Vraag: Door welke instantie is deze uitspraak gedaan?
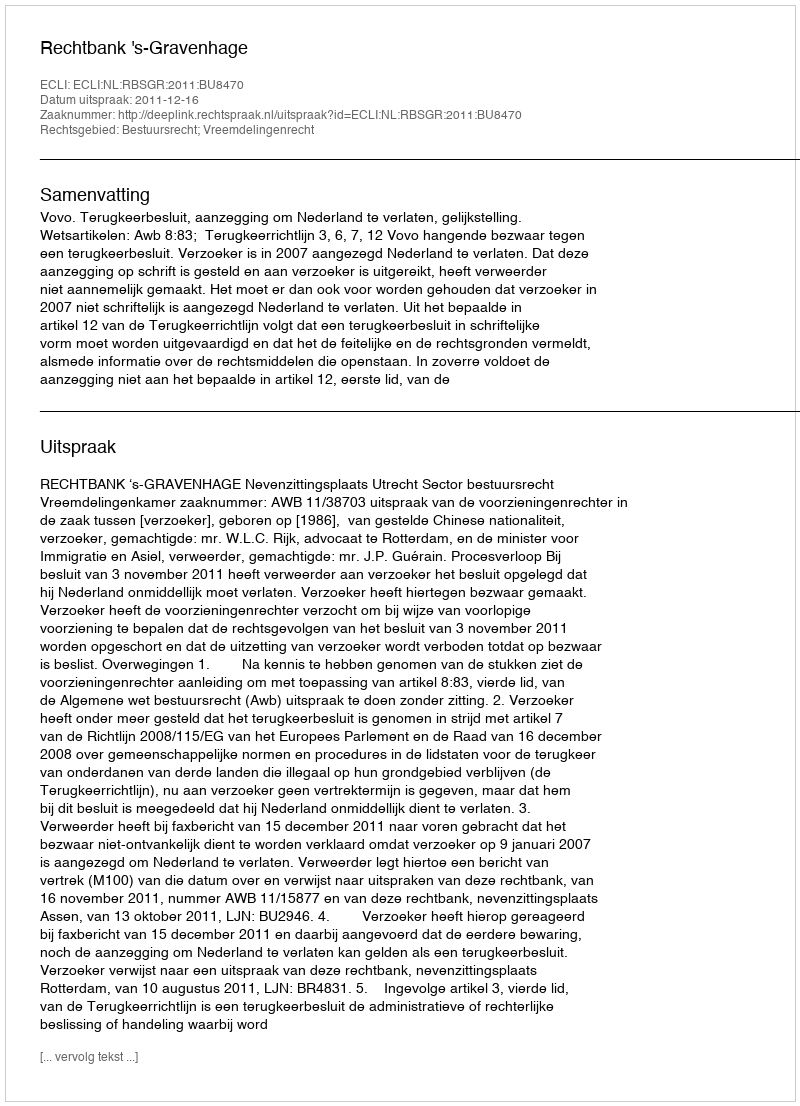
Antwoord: Rechtbank 's-Gravenhage